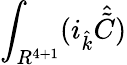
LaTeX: \int_{R^{4+1}}(i_{\hat{k}}{\hat{\tilde{C}}})